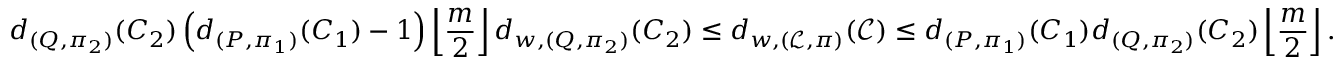
d _ { ( Q , \pi _ { 2 } ) } ( C _ { 2 } ) \left( d _ { ( P , \pi _ { 1 } ) } ( C _ { 1 } ) - 1 \right) \left\lfloor \frac { m } { 2 } \right\rfloor d _ { w , ( Q , \pi _ { 2 } ) } ( C _ { 2 } ) \leq d _ { w , ( \mathcal { L } , \pi ) } ( \mathcal { C } ) \leq d _ { ( P , \pi _ { 1 } ) } ( C _ { 1 } ) d _ { ( Q , \pi _ { 2 } ) } ( C _ { 2 } ) \left\lfloor \frac { m } { 2 } \right\rfloor .